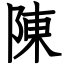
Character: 陳